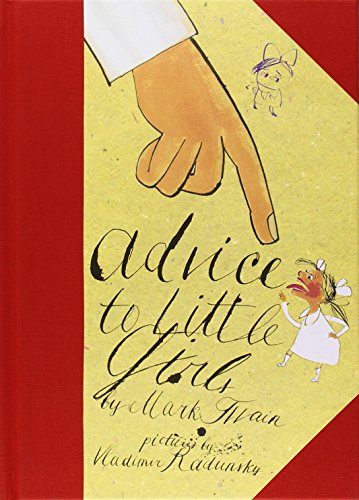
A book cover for Advice to Little Girls; Mark Twain; Literature & Fiction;